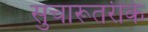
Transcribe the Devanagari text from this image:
सुचारूतरीके